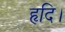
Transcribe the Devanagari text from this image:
हृदि।